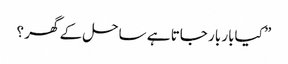
” کیابار بار جاتا ہے ساحل کے گھر ؟